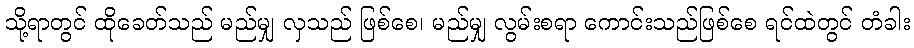
သို့ရာတွင် ထိုခေတ်သည် မည်မျှ လှသည် ဖြစ်စေ၊ မည်မျှ လွမ်းစရာ ကောင်းသည်ဖြစ်စေ ရင်ထဲတွင် တံခါး